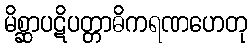
မိစ္ဆာပဋိပတ္တာဓိကရဏဟေတု